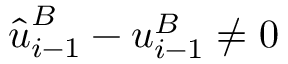
\hat { \boldsymbol { u } } _ { i - 1 } ^ { B } - \boldsymbol { u } _ { i - 1 } ^ { B } \neq \boldsymbol { 0 }